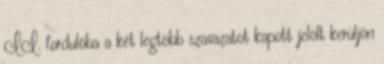
II. fordulóba a két legtöbb szavazatot kapott jelölt kerüljön